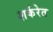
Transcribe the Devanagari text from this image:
शर्करेत